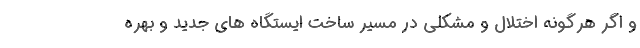
و اگر هرگونه اختلال و مشکلی در مسیر ساخت ایستگاه های جدید و بهره